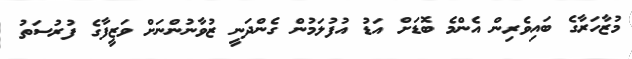
މުޒާހަރާގެ ބައިވެރިން އެންމެ ބޮޑަށް އަޑު އުފުލަމުން ގެންދަނީ ޒުވާނުންނަށް ވަޒީފާގެ ފުރުސަތު